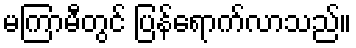
မကြာမီတွင် ပြန်ရောက်လာသည်။